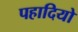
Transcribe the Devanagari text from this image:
पहादियो